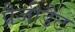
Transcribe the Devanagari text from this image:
प्रैज़ीडैंट